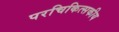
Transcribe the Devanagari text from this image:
परचिकित्सकीय